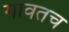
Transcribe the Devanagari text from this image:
गावतच